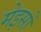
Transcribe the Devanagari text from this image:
मेइसों